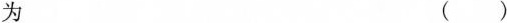
为 ()